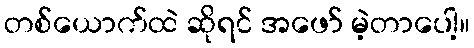
တစ်ယောက်ထဲ ဆိုရင် အဖော် မဲ့တာပေါ့။